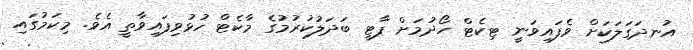
އުނދަގަލަކަށް ވެފައިވަނީ ޓިކެޓް ހޯދުމަށް ޕާޓީ ބަދަލުކުރުމުގެ މާކެޓް ހުޅުވިފައިވާތީ އެވެ. މިކަމުގައި